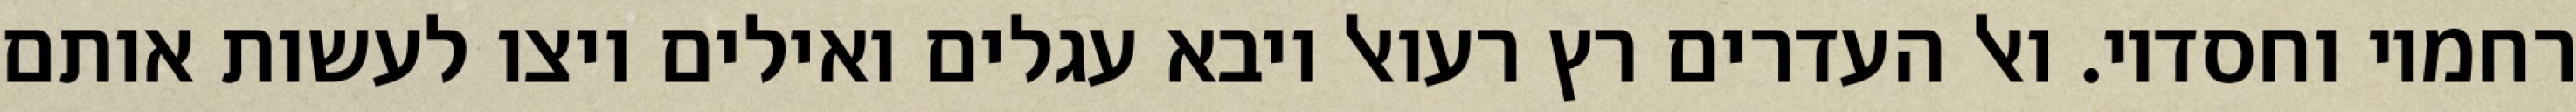
רחמיו וחסדיו. ואל העדרים רץ רעואל ויבא עגלים ואילים ויצו לעשות אותם